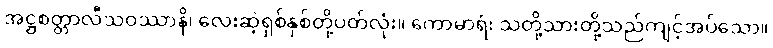
အဋ္ဌစတ္တာလီသဝဿာနိ၊ လေးဆဲ့ရှစ်နှစ်တို့ပတ်လုံး။ ကောမာရံ၊ သတို့သားတို့သည်ကျင့်အပ်သော။